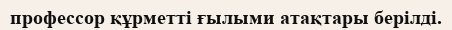
профессор құрметті ғылыми атақтары берілді.